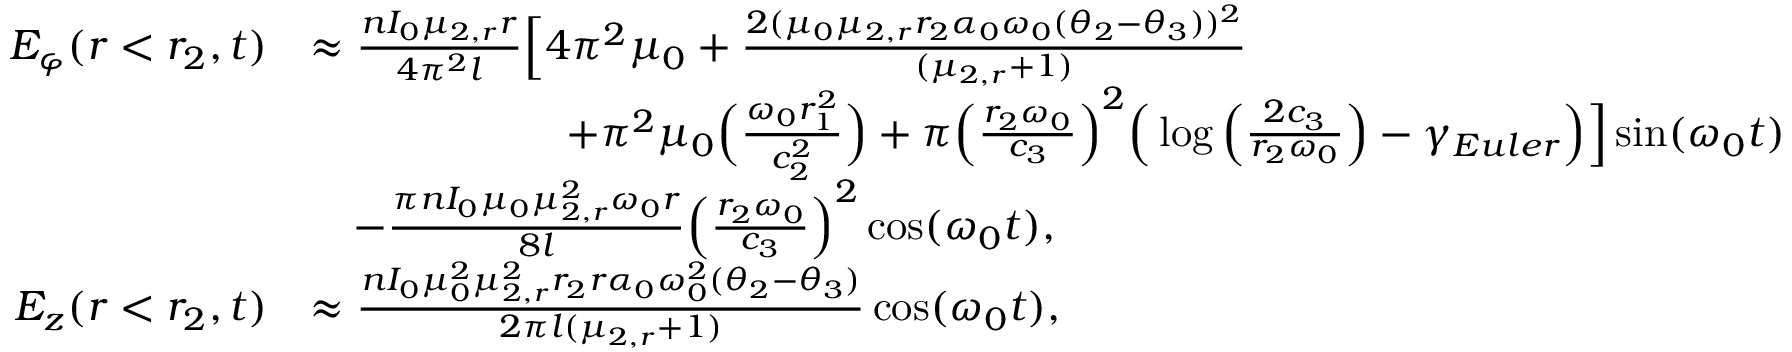
\begin{array} { r l } { E _ { \varphi } ( r < r _ { 2 } , t ) } & { \approx \frac { n I _ { 0 } \mu _ { 2 , r } r } { 4 \pi ^ { 2 } l } \Big [ 4 \pi ^ { 2 } \mu _ { 0 } + \frac { 2 ( \mu _ { 0 } \mu _ { 2 , r } r _ { 2 } \alpha _ { 0 } \omega _ { 0 } ( \theta _ { 2 } - \theta _ { 3 } ) ) ^ { 2 } } { ( \mu _ { 2 , r } + 1 ) } } \\ & { \qquad \qquad \qquad + \pi ^ { 2 } \mu _ { 0 } \Big ( \frac { \omega _ { 0 } r _ { 1 } ^ { 2 } } { c _ { 2 } ^ { 2 } } \Big ) + \pi \Big ( \frac { r _ { 2 } \omega _ { 0 } } { c _ { 3 } } \Big ) ^ { 2 } \Big ( \log \Big ( \frac { 2 c _ { 3 } } { r _ { 2 } \omega _ { 0 } } \Big ) - \gamma _ { E u l e r } \Big ) \Big ] \sin ( \omega _ { 0 } t ) } \\ & { \quad - \frac { \pi n I _ { 0 } \mu _ { 0 } \mu _ { 2 , r } ^ { 2 } \omega _ { 0 } r } { 8 l } \Big ( \frac { r _ { 2 } \omega _ { 0 } } { c _ { 3 } } \Big ) ^ { 2 } \cos ( \omega _ { 0 } t ) , } \\ { E _ { z } ( r < r _ { 2 } , t ) } & { \approx \frac { n I _ { 0 } \mu _ { 0 } ^ { 2 } \mu _ { 2 , r } ^ { 2 } r _ { 2 } r \alpha _ { 0 } \omega _ { 0 } ^ { 2 } ( \theta _ { 2 } - \theta _ { 3 } ) } { 2 \pi l ( \mu _ { 2 , r } + 1 ) } \cos ( \omega _ { 0 } t ) , } \end{array}